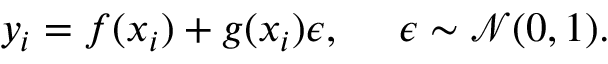
\begin{array} { r } { y _ { i } = f ( \boldsymbol { x } _ { i } ) + g ( \boldsymbol { x } _ { i } ) \epsilon , \: \: \: \: \: \: \epsilon \sim \mathcal { N } ( 0 , 1 ) . } \end{array}